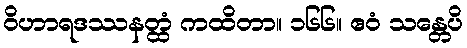
ဝိဟာရဒဿနတ္ထံ ကထိတာ။ ၁၆၆။ ဧဝံ သန္တေပိ